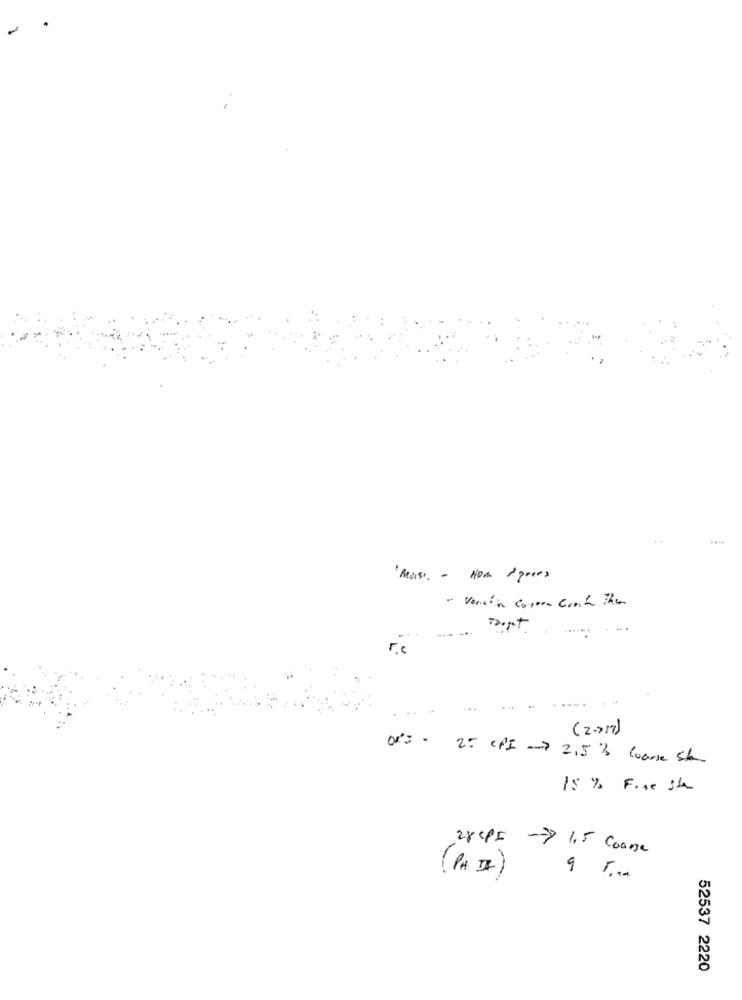
.
Most. - How 1 peers
- Version Coroon Croit The
..
...
r.c
( 2 -717)
2= CPI -- > 2,5 % Coarse she
15 % Fine il
28 cp= = > 1,5 Coase
(PA I)
9 5 ...
52537 2220